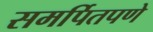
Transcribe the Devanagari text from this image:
समर्पितपणे